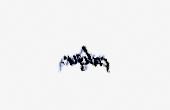
çalışır.